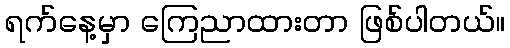
ရက်နေ့မှာ ကြေညာထားတာ ဖြစ်ပါတယ်။